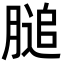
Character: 膇